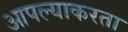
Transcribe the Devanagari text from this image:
आपल्याकरता